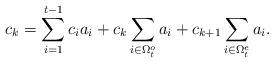
LaTeX: \begin{align*}c_k=\sum_{i=1}^{t-1}c_ia_i+c_{k}\sum_{i\in \Omega_t^o}a_i+c_{k+1}\sum_{i\in \Omega_t^e}a_i.\end{align*}